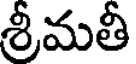
శ్రీమతీ